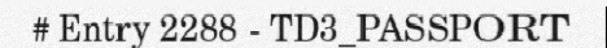
# Entry 2288 - TD3_PASSPORT